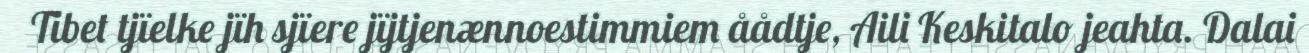
Tibet tjïelke jïh sjïere jïjtjenænnoestimmiem åådtje, Aili Keskitalo jeahta. Dalai